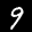
Label: 9